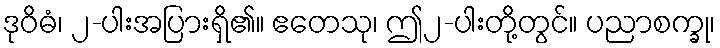
ဒုဝိဓံ၊ ၂-ပါးအပြားရှိ၏။ ဧတေသု၊ ဤ၂-ပါးတို့တွင်။ ပညာစက္ခု၊